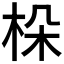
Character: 𣑫